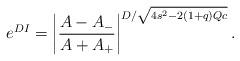
LaTeX: \begin{align*}e^{D I}=\left|\frac{A-A_-}{A+A_+} \right|^{D/\sqrt{4s^2-2(1+q)Qc}}.\end{align*}